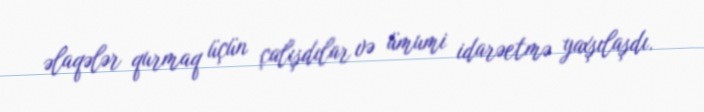
əlaqələr qurmaq üçün çalışdılar və ümumi idarəetmə yaxşılaşdı.